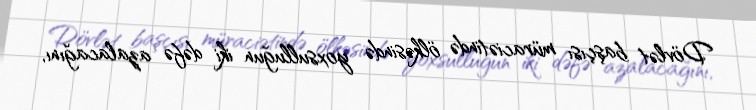
Dövlət başçısı müraciətində ölkəsində yoxsulluğun iki dəfə azalacağını,